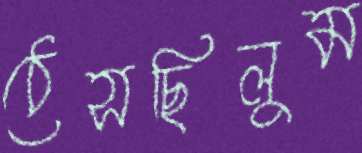
ঠেসছিলুম